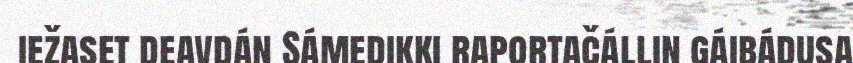
iežaset deavdán Sámedikki raportačállin gáibádusa